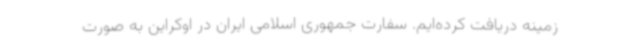
زمینه دریافت کرده‌ایم. سفارت جمهوری اسلامی ایران در اوکراین به صورت